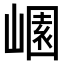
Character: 𡻽